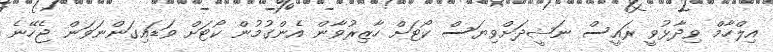
އިލްހާމް ވިދާޅުވީ ރައީސް ނަޝީދަށްވިޔަސް ކޯޓަށް ހާޒިރުވާން އެންގުމުން ކޯޓަށް ވަޑައިގަންނަވަން ޖެހޭނެ